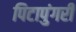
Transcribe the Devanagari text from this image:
पिटापुंगरी